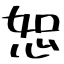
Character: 恕